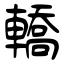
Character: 轎